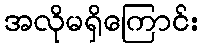
အလိုမရှိကြောင်း